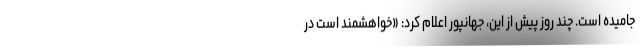
جامیده است. چند روز پیش از این، جهانپور اعلام کرد: «خواهشمند است در